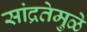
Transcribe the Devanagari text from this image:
सांद्रतेमुळे